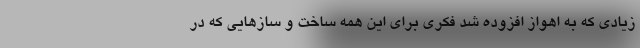
زیادی که به اهواز افزوده شد فکری برای این همه ساخت و سازهایی که در